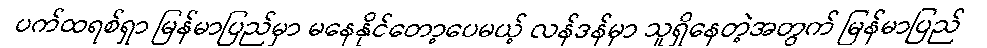
ပက်ထရစ်ရှာ မြန်မာပြည်မှာ မနေနိုင်တော့ပေမယ့် လန်ဒန်မှာ သူရှိနေတဲ့အတွက် မြန်မာပြည်